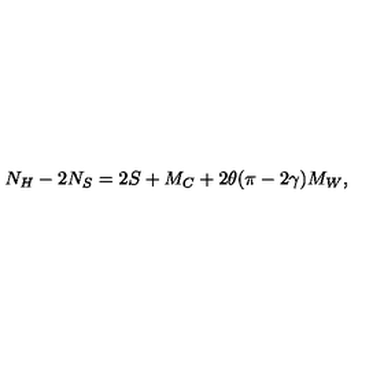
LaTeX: N _ { H } - 2 N _ { S } = 2 S + M _ { C } + 2 \theta ( \pi - 2 \gamma ) M _ { W } ,